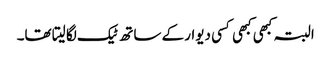
البتہ کبھی کبھی کسی دیوار کے ساتھ ٹیک لگا لیتا تھا۔